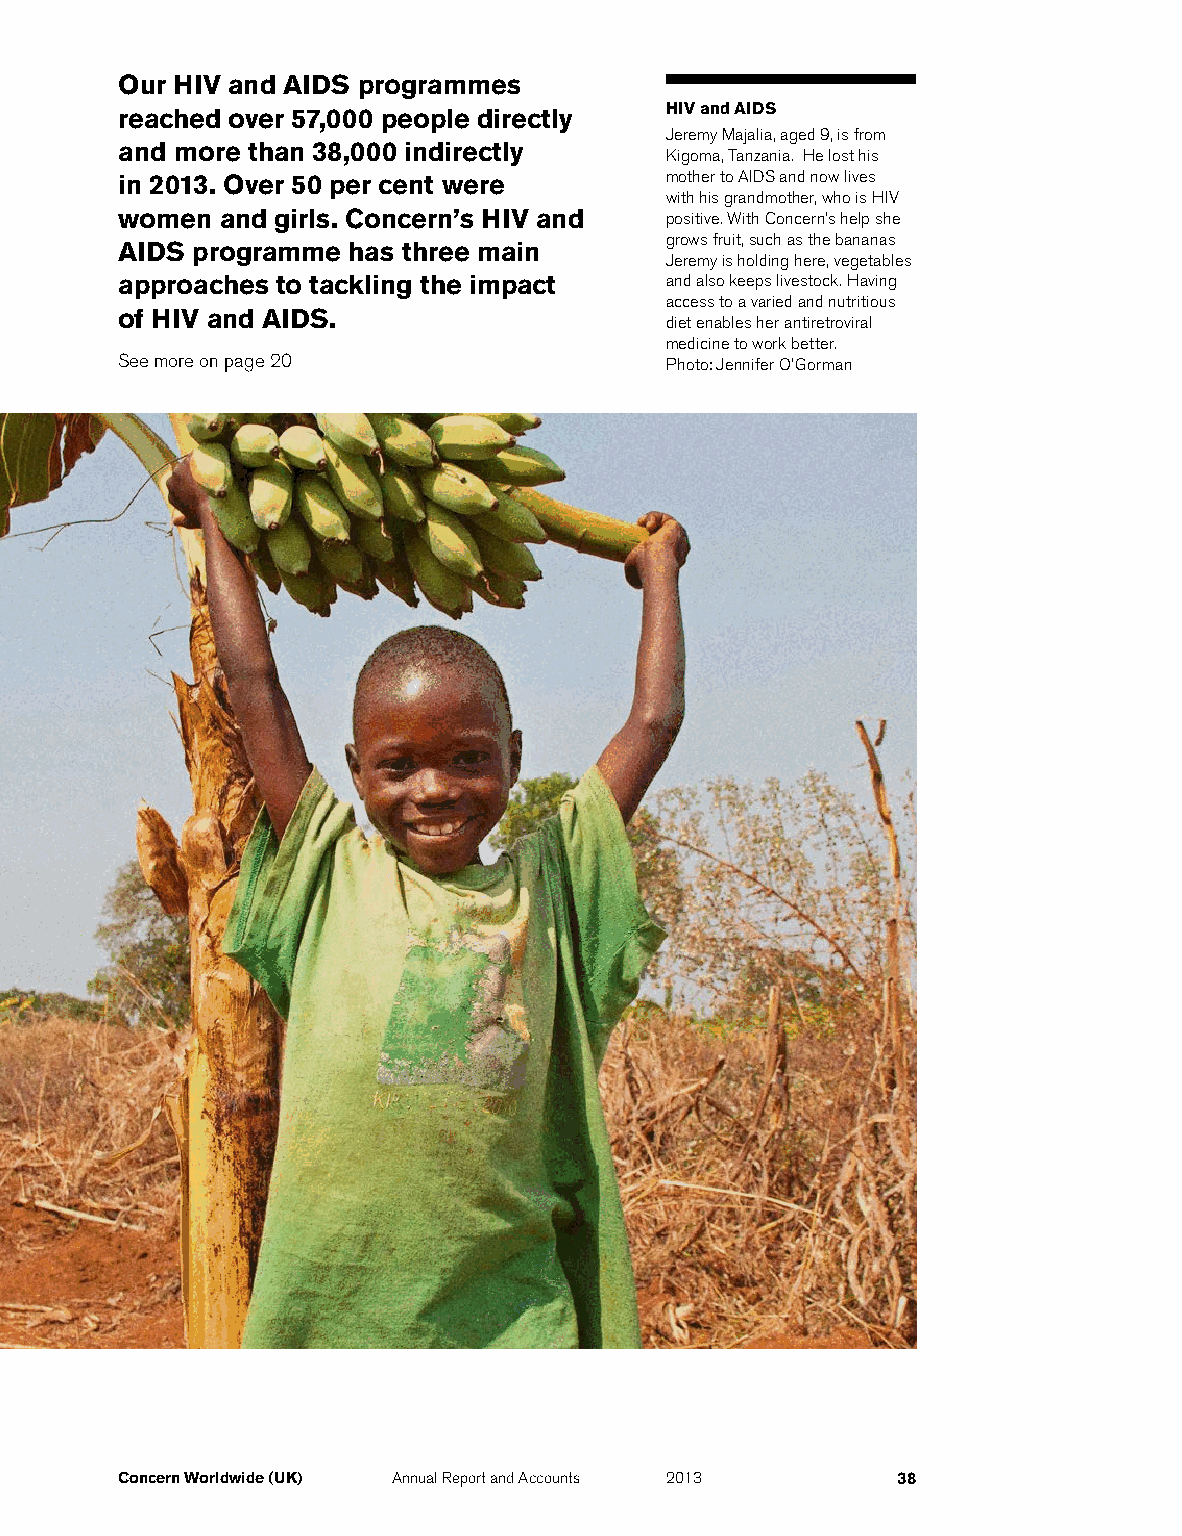
Our HIV and AIDS programmes
 reached over 57,000 people directly HIV and AIDS
 Jeremy Majalia, aged 9, is from
 and more than 38,000 indirectly
 Kigoma, Tanzania. He lost his
 in 2013. Over 50 per cent were      mother to AIDS and now lives
 with his grandmother, who is HIV
 women  and girls. Concern’s HIV and positive. With Concern's help she
 grows fruit, such as the bananas
 AIDS programme has three main
 Jeremy is holding here, vegetables
 approaches to tackling the impact   and also keeps livestock. Having
 access to a varied and nutritious
 of HIV and AIDS.
 diet enables her antiretroviral
 medicine to work better.
 See more on page 20                 Photo: Jennifer O'Gorman
 Concern Worldwide (UK) Annual Report and Accounts 2013 38